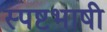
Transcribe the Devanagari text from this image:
स्पष्टभाषी